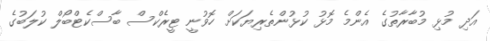
އަދި މުޅި މުބާރާތުގެ އެންމެ މޮޅު ކުޅުންތެރިޔަކަށް ހޮވުނީ ޓީރެކްސް ބާސްކެޓްބޯލް ކުލަބުގެ